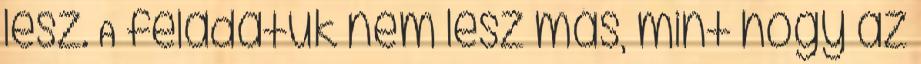
lesz. A feladatuk nem lesz más, mint hogy az